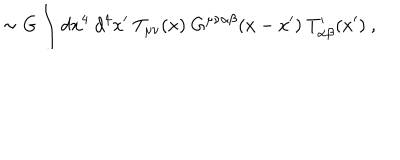
\sim G \int d x ^ { 4 } ~ d ^ { 4 } x ^ { \prime } ~ T _ { \mu \nu } ( x ) ~ G ^ { \mu \nu \alpha \beta } ( x - x ^ { \prime } ) ~ T _ { \alpha \beta } ^ { \prime } ( x ^ { \prime } ) ~ ,